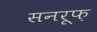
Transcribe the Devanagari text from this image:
सनरूफ़